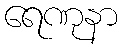
ရေဏုနာ